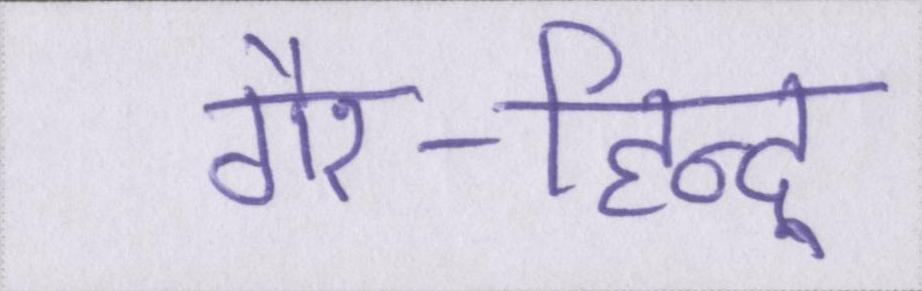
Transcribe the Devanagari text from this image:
गैर-हिन्दू